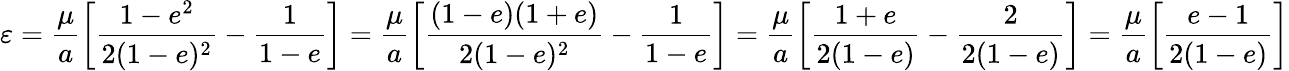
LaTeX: \varepsilon={\frac{\mu}{a}}{\left[{\frac{1-e^{2}}{2(1-e)^{2}}}-{\frac{1}{1-e}}\right]}={\frac{\mu}{a}}{\left[{\frac{(1-e)(1+e)}{2(1-e)^{2}}}-{\frac{1}{1-e}}\right]}={\frac{\mu}{a}}{\left[{\frac{1+e}{2(1-e)}}-{\frac{2}{2(1-e)}}\right]}={\frac{\mu}{a}}{\left[{\frac{e-1}{2(1-e)}}\right]}